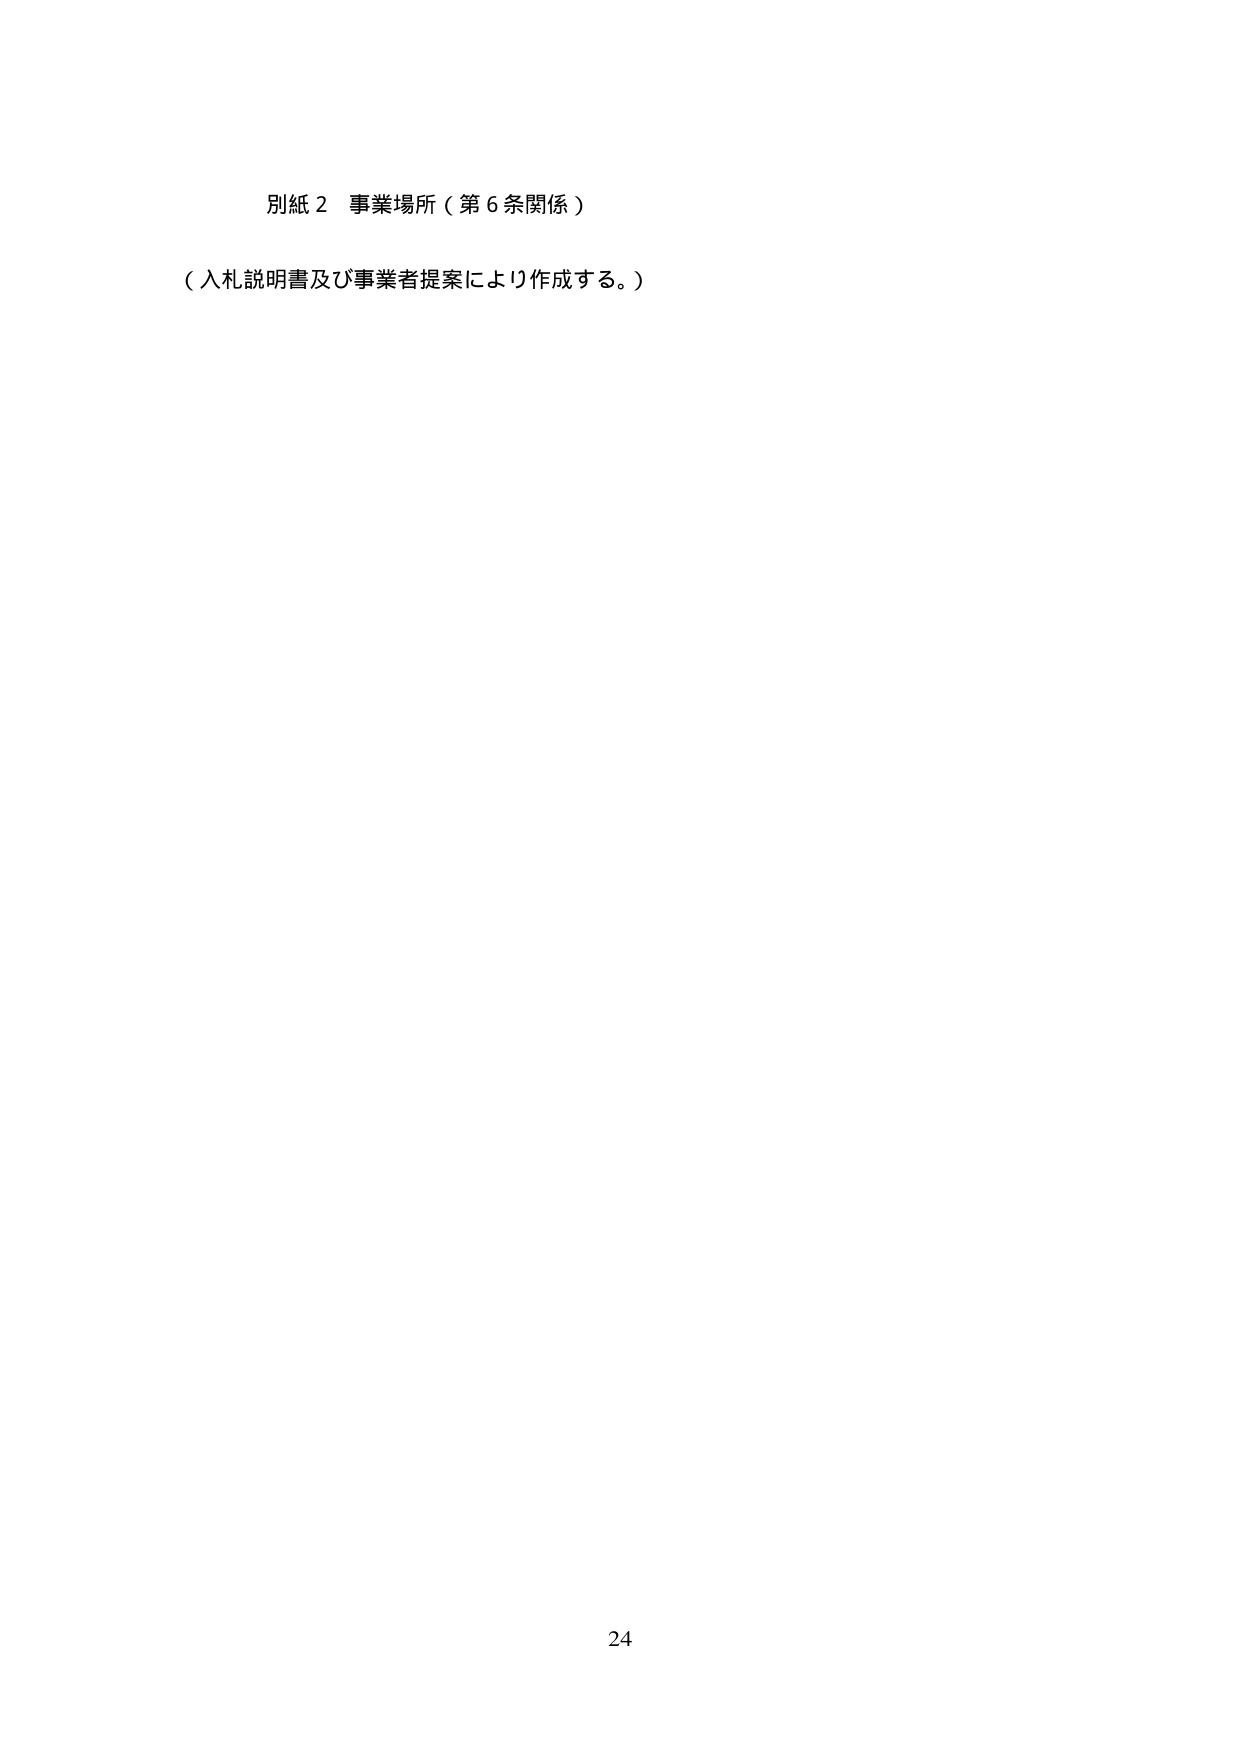
別紙２ 事業場所（第６条関係）

（入札説明書及び事業者提案により作成する。）

24